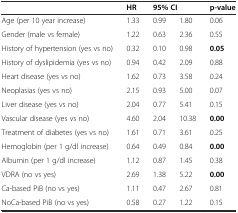
|  | HR | <COLSPAN=2> 95% CI | p-value |
 | --- | --- | --- | --- | --- |
 | Age (per 10 year increase) | 1.33 | 0.99 | 1.80 | 0.06 |
 | Gender (male vs female) | 1.22 | 0.63 | 2.36 | 0.55 |
 | History of hypertension (yes vs no) | 0.32 | 0.10 | 0.98 | 0.05 |
 | History of dyslipidemia (yes vs no) | 0.94 | 0.42 | 2.09 | 0.88 |
 | Heart disease (yes vs no) | 1.62 | 0.73 | 3.58 | 0.24 |
 | Neoplasias (yes vs no) | 2.15 | 0.93 | 5.00 | 0.07 |
 | Liver disease (yes vs no) | 2.04 | 0.77 | 5.41 | 0.15 |
 | Vascular disease (yes vs no) | 4.60 | 2.04 | 10.38 | 0.00 |
 | Treatment of diabetes (yes vs no) | 1.61 | 0.71 | 3.61 | 0.25 |
 | Hemoglobin (per 1 g/dl increase) | 0.64 | 0.49 | 0.84 | 0.00 |
 | Albumin (per 1 g/dl increase) | 1.12 | 0.87 | 1.45 | 0.38 |
 | VDRA (no vs yes) | 2.69 | 1.38 | 5.22 | 0.00 |
 | Ca-based PiB (no vs yes) | 1.11 | 0.47 | 2.67 | 0.81 |
 | NoCa-based PiB (no vs yes) | 0.58 | 0.27 | 1.22 | 0.15 |